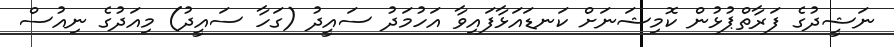
ނަޝީދުގެ ފަރާތްޕުޅުން ކޮމިޝަނަށް ކަނޑައަޅާފައިވާ އަހުމަދު ސައީދު (ގަހާ ސައީދު) މިއަދުގެ ނިއުސް